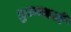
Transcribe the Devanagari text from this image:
ग्रुरुत्वाची